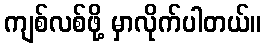
ကျစ်လစ်ဖို့ မှာလိုက်ပါတယ်။